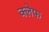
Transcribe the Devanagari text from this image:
क्लेफ